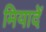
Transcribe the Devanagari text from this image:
मियादें